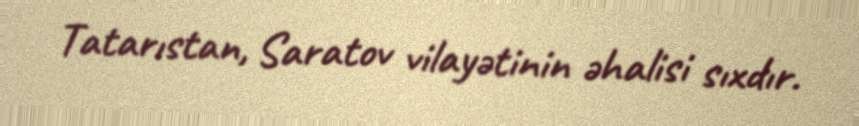
Tatarıstan, Saratov vilayətinin əhalisi sıxdır.